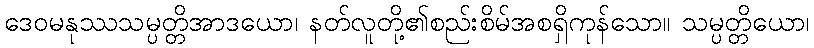
ဒေဝမနုဿသမ္ပတ္တိအာဒယော၊ နတ်လူတို့၏စည်းစိမ်အစရှိကုန်သော။ သမ္ပတ္တိယော၊